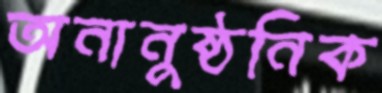
অনানুষ্ঠনিক